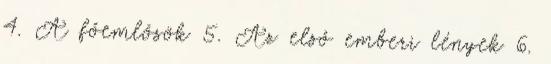
4. A főemlősök 5. Az első emberi lények 6.